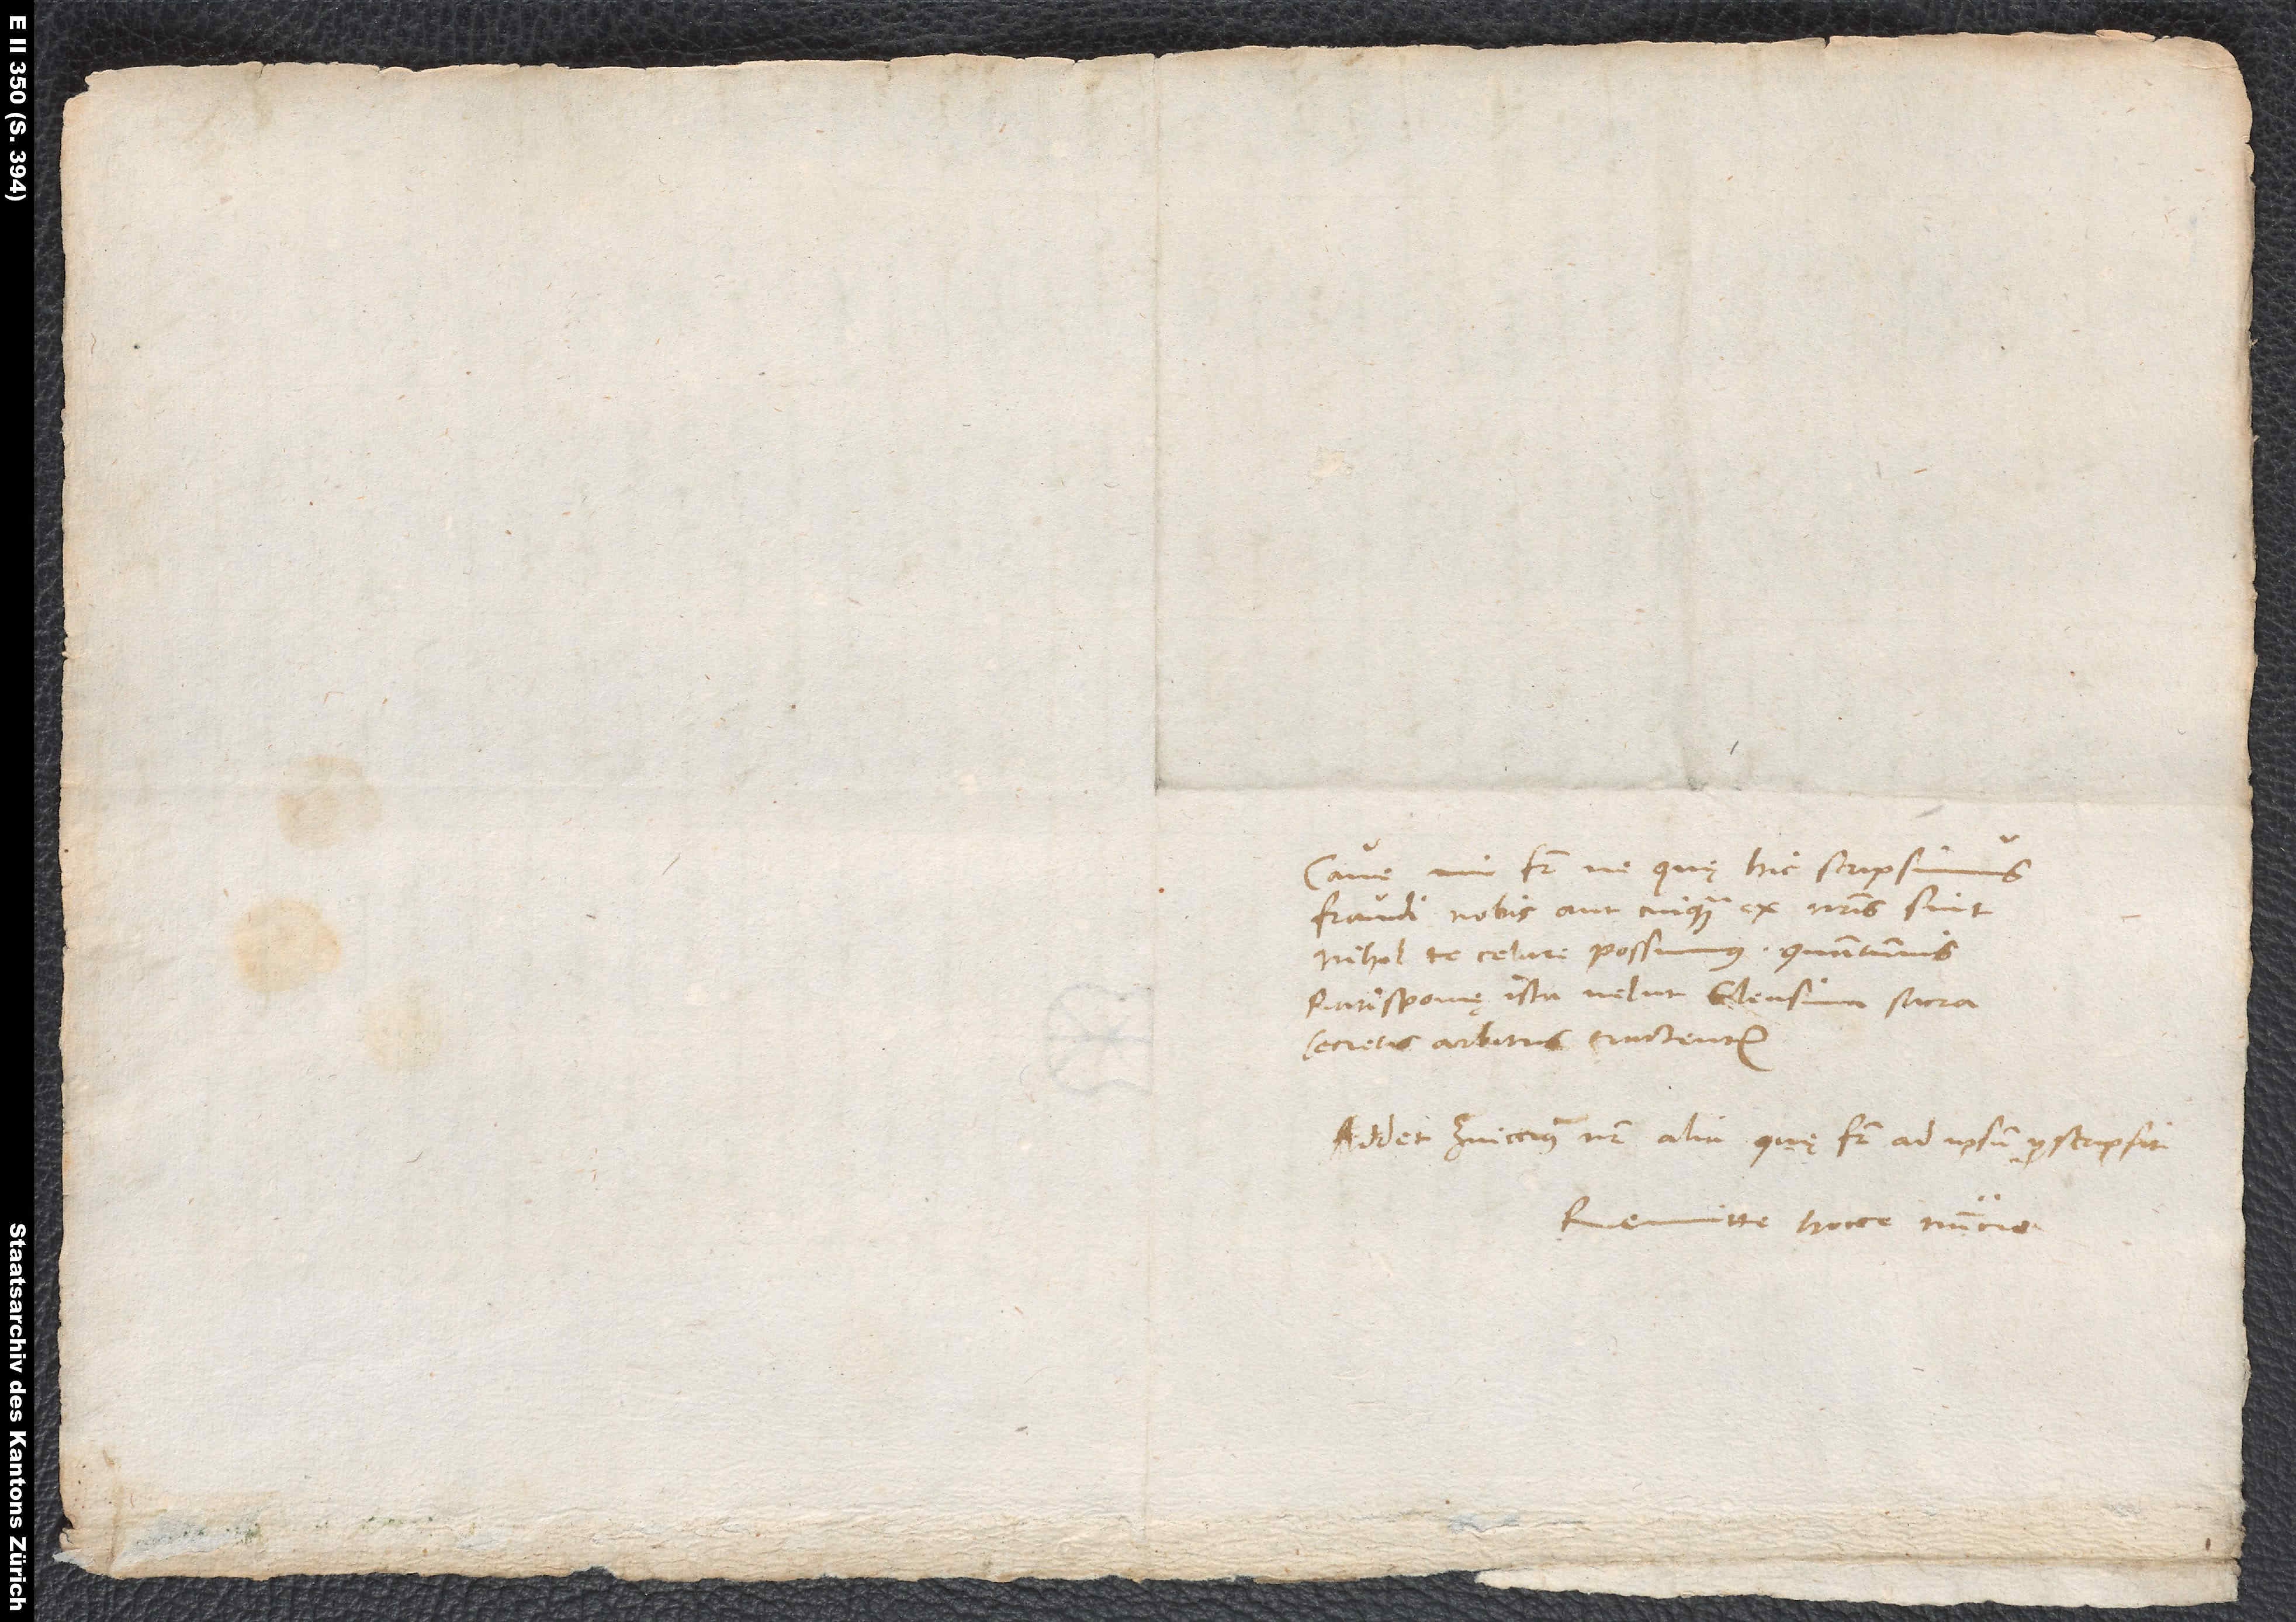
Cave, mi frater, ne, quę hic scripsimus,
fraudi nobis aut cuiquam ex nostris sint.
Nihil te celare possumus, quantumvis
Ratisponę ista velut Eleusina sacra
secretis arbitris tractentur.
Addet Zviccius noster alia, quę frater ad ipsum perscripsit.
Remitte hocce nuntio.